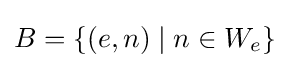
B=\{(e,n)\mid n\in W_{e}\}